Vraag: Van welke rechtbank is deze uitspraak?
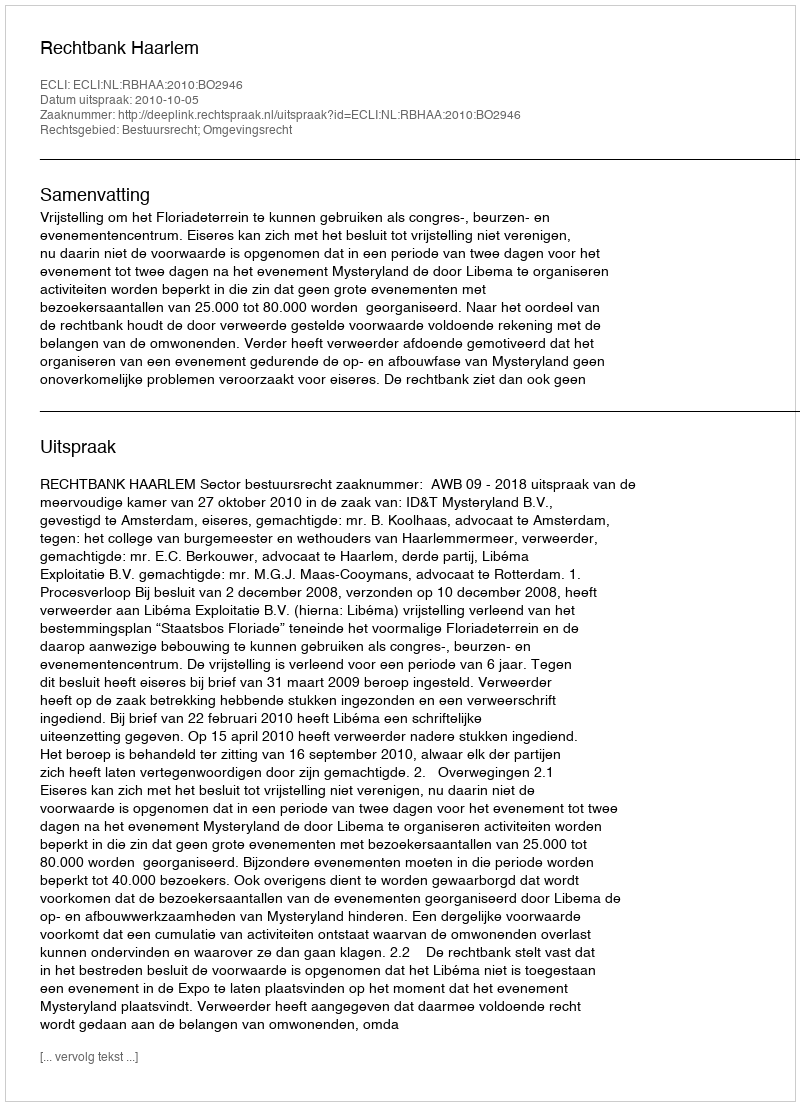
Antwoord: Rechtbank Haarlem